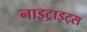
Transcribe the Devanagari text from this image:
नाइट्राइट्स